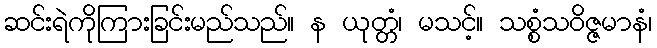
ဆင်းရဲကိုကြားခြင်းမည်သည်။ န ယုတ္တံ၊ မသင့်။ သစ္စံသဝိဇ္ဇမာနံ၊